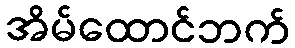
အိမ်ထောင်ဘက်